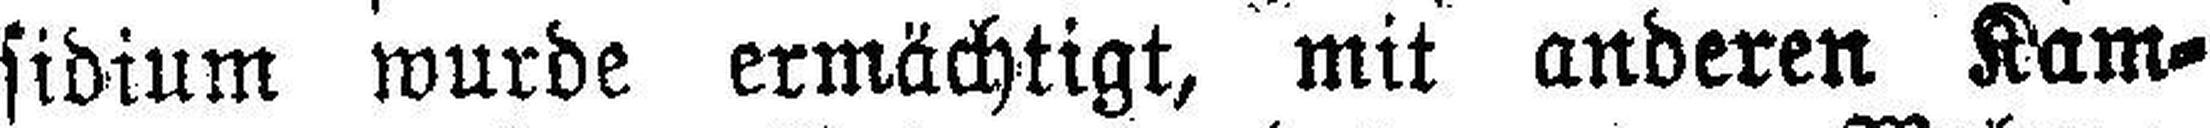
sidium wurde ermächtigt, mit anderen Kam¬